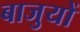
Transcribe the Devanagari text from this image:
बाजुयों